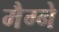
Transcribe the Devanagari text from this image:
मैग्ने